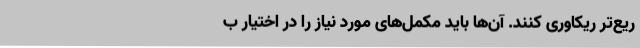
ریع‌تر ریکاوری کنند. آن‌ها باید مکمل‌های مورد نیاز را در اختیار ب